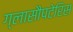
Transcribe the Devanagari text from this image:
ग्लासौपटेरिस